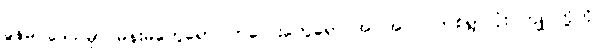
ခွန်မ ဒေသမှာ မိန်းမတွေရော၊ ကလေးတွေရော အပါအဝင် တစ်ရွာလုံး ကျုပ်တို့ကို